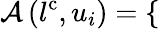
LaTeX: \mathcal{A}\left(l^{\mathrm{{c}}},u_{i}\right)=\left\{ \begin{array}{rlr}\end{array}\right.